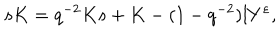
s K = q ^ { - 2 } K s + K - ( 1 - q ^ { - 2 } ) l Y ^ { \varepsilon } ,